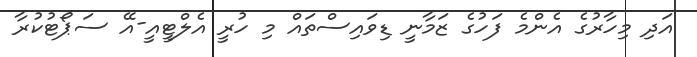
އަދި މިހާރުގެ އެންމެ ފަހުގެ ޒަމާނީ ޑިވައިސްތައް މި ހުރީ އެލްޓީއީ-އޭ ސަޕޯޓުކުރާ